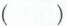
( )